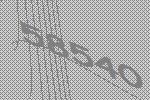
58540